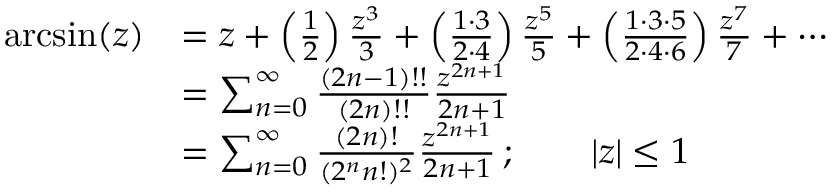
{ \begin{array} { r l } { \arcsin ( z ) } & { = z + \left( { \frac { 1 } { 2 } } \right) { \frac { z ^ { 3 } } { 3 } } + \left( { \frac { 1 \cdot 3 } { 2 \cdot 4 } } \right) { \frac { z ^ { 5 } } { 5 } } + \left( { \frac { 1 \cdot 3 \cdot 5 } { 2 \cdot 4 \cdot 6 } } \right) { \frac { z ^ { 7 } } { 7 } } + \cdots } \\ & { = \sum _ { n = 0 } ^ { \infty } { \frac { ( 2 n - 1 ) ! ! } { ( 2 n ) ! ! } } { \frac { z ^ { 2 n + 1 } } { 2 n + 1 } } } \\ & { = \sum _ { n = 0 } ^ { \infty } { \frac { ( 2 n ) ! } { ( 2 ^ { n } n ! ) ^ { 2 } } } { \frac { z ^ { 2 n + 1 } } { 2 n + 1 } } \, ; \qquad | z | \leq 1 } \end{array} }